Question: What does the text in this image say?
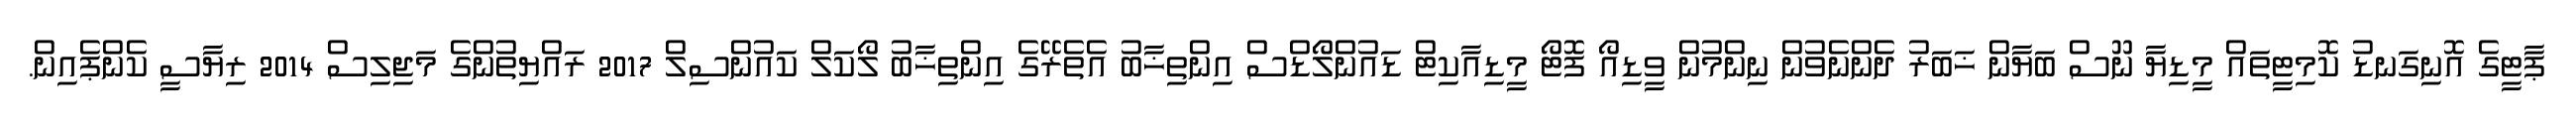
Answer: ޕާޓީގެ އޮނިގަނޑު ކޮމިޓީތައް މީޑިޔާ ނޫސް ބަޔާން ޚަބަރު ދެންނެވުން ނިންމުން ވީޑިއޯ ފޮޓޯ މީޑިއާކިޓް ޑައުންލޯޑްސް އިންތިޚާބު އެތެރޭގެ އިންތިޚާބު ލޯކަލް ކައުންސިލް 2017 ރައްޔިތުންގެ މަޖިލިސް 2014 ރިޔާސީ ކެންޕެއިން.